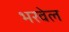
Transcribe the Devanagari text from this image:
भरवेल